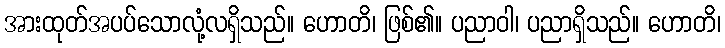
အားထုတ်အပပ်သောလုံ့လရှိသည်။ ဟောတိ၊ ဖြစ်၏။ ပညာဝါ၊ ပညာရှိသည်။ ဟောတိ၊